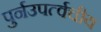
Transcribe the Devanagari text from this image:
पुर्नउपर्त्वचीय